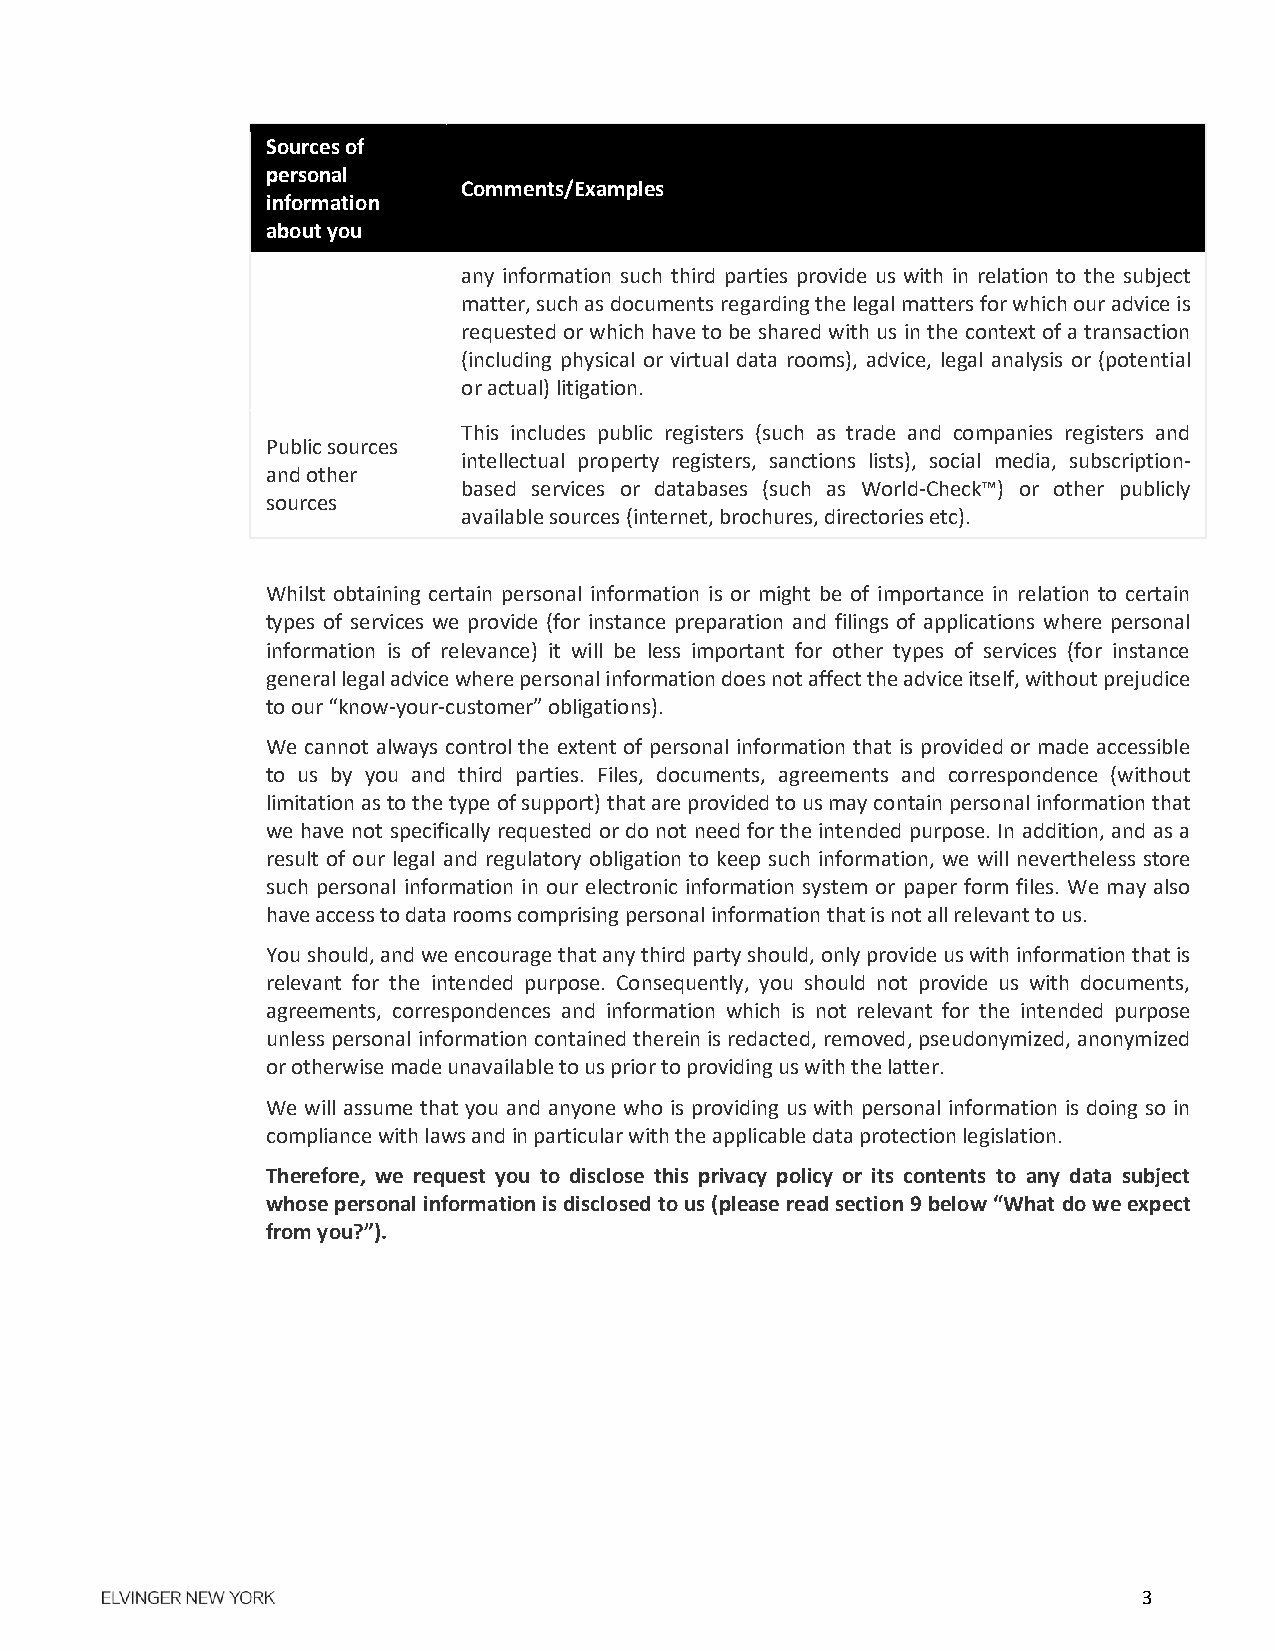
Sources of
 personal
 Comments/Examples
 information
 about you
 any information such third parties provide us with in relation to the subject
 matter, such as documents regarding the legal matters for which our advice is
 requested or which have to be shared with us in the context of a transaction
 (including physical or virtual data rooms), advice, legal analysis or (potential
 or actual) litigation.
 This includes public registers (such as trade and companies registers and
 Public sources
 intellectual property registers, sanctions lists), social media, subscription-
 and other
 based services or databases (such as World-Check™) or other publicly
 sources
 available sources (internet, brochures, directories etc).
 Whilst obtaining certain personal information is or might be of importance in relation to certain
 types of services we provide (for instance preparation and filings of applications where personal
 information is of relevance) it will be less important for other types of services (for instance
 general legal advice where personal information does not affect the advice itself, without prejudice
 to our “know-your-customer” obligations).
 We cannot always control the extent of personal information that is provided or made accessible
 to us by you and third parties. Files, documents, agreements and correspondence (without
 limitation as to the type of support) that are provided to us may contain personal information that
 we have not specifically requested or do not need for the intended purpose. In addition, and as a
 result of our legal and regulatory obligation to keep such information, we will nevertheless store
 such personal information in our electronic information system or paper form files. We may also
 have access to data rooms comprising personal information that is not all relevant to us.
 You should, and we encourage that any third party should, only provide us with information that is
 relevant for the intended purpose. Consequently, you should not provide us with documents,
 agreements, correspondences and information which is not relevant for the intended purpose
 unless personal information contained therein is redacted, removed, pseudonymized, anonymized
 or otherwise made unavailable to us prior to providing us with the latter.
 We will assume that you and anyone who is providing us with personal information is doing so in
 compliance with laws and in particular with the applicable data protection legislation.
 Therefore, we request you to disclose this privacy policy or its contents to any data subject
 whose personal information is disclosed to us (please read section 9 below “What do we expect
 from you?”).
 3